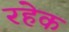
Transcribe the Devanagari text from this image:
रहेक